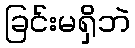
ခြင်းမရှိဘဲ